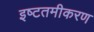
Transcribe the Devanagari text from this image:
इष्‍टतमीकरण